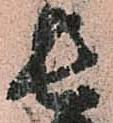
長